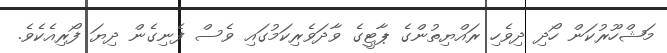
މަޝްހޫރުކަން ހޯދި ދިވެހި ރައްޔިތުންގެ ޕާޓީގެ ވާދަވެރިކަމުގައި ވެސް ފެނިގެން ދިޔަ ފޯރިއެކެވެ.